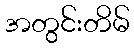
အတွင်းတိမ်